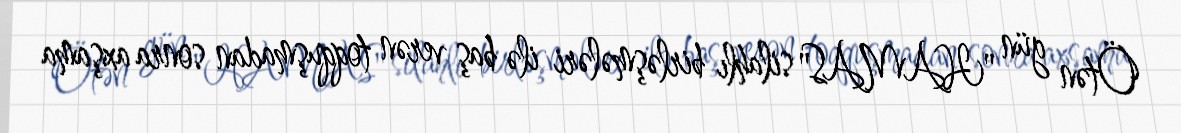
Ötən gün "HAMAS" silahlı birləşmələri ilə baş verən toqquşmadan sonra axşama